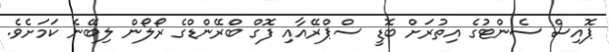
ޕޮއިސް ސެންޓުގެ އިތުރަށް ބޮޑީ ސްޕްރޭއާއި ފޮގް ބްރޭންޑްގެ ރޯލޯން ލިބޭނެ ކަމަށެވެ.